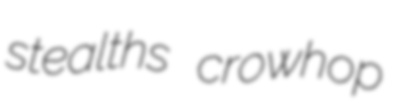
stealths crowhop